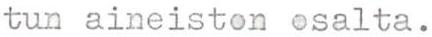
tun aineiston osalta.